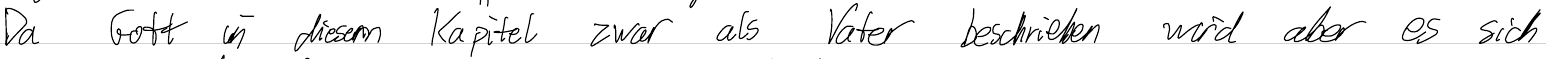
Da Gott in diesem Kapitel zwar als Vater beschrieben wird aber es sich